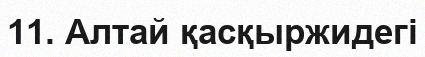
11. Алтай қасқыржидегі